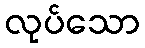
လုပ်သော